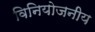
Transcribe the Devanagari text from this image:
विनियोजनीय